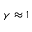
\gamma \approx 1